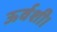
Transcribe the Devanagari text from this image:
ऊर्वशी।